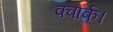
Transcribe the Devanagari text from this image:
क्वार्क।